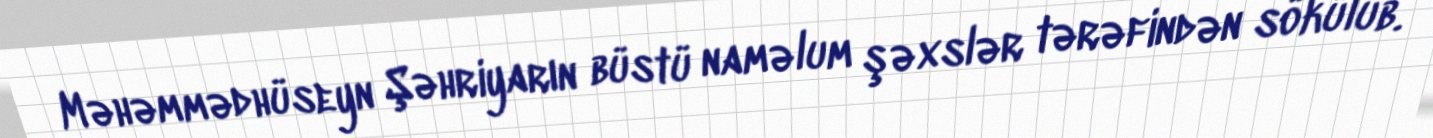
Məhəmmədhüseyn Şəhriyarın büstü naməlum şəxslər tərəfindən sökülüb.